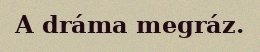
A dráma megráz.